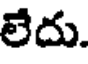
లేదు.